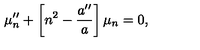
\mu _ { n } ^ { \prime \prime } + \left[ n ^ { 2 } - \frac { a ^ { \prime \prime } } { a } \right] \mu _ { n } = 0 ,